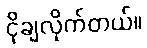
ငိုချလိုက်တယ်။